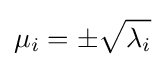
\mu _{i}=\pm {\sqrt {\lambda _{i}}}